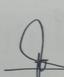
Signature authenticity: forged